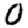
Digit: 0